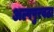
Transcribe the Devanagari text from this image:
अल्पपुरवठा